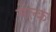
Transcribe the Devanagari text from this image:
मेल्क